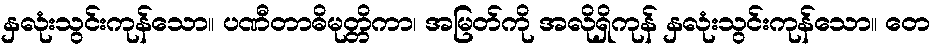
နှလုံးသွင်းကုန်သော။ ပဏီတာဓိမုတ္တိကာ၊ အမြတ်ကို အလိုရှိကုန် နှလုံးသွင်းကုန်သော။ တေ